Report of the King Institute of Preventive Medicine, Guindy
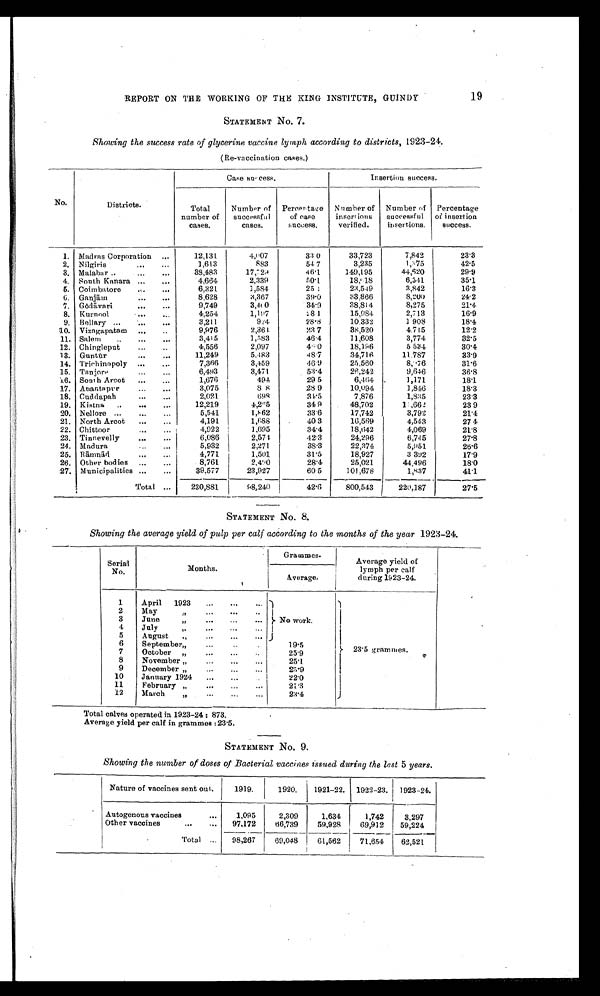
19
REPORT ON THE WORKING OF THE KING INSTITUTE, GUINDY
STATEMENT No. 7.
Showing the success rate of glycerine vaccine lymph according to districts, 1923-24.
(Re-vaccination cases.)
No.
Districts.
Case success.
Insertion success.
Total
number of
cases.
Number of
successful
cases.
Percentage
of case
success.
Nu mber of
insertions
verified.
Number of
successful
insertions.
Percentage
of insertion
success.
12,131
4,007
33.0
33,723
7,842
23.3
1. Madras Corporation . . .
42.5
2. Nilgiris . . .
1,613
883
54.7
3,235
1,375
3.
38,483
17,729
46.1
149,195
44,620
29.9
Malabar . . .
35.1
4.
4,664
2,339
50.1
18, <i l l egi bl e>918
6,341
South Kanara . . .
23,549
3,842
16.3
5. Coimbatore . . .
6,321
1,584
25.1
6.
8,628
3,367
39.0
33,866
8,200
24.2
Ganjām . . .
8,275
21.4
7. Gōdāvari . . .
9,749
3,400
34.9
38,814
28.1
16.9
1,197
2,713
8. Kurnool . . .
4,254
15,984
9. Bellary . . .
3,211
924
28.8
10,332
1,908
1 8 . 4
38,520
4.715
12.2
10. Vizagapatam . . .
9,976
2,361.
23.7
3,774
1,583
11,608
32.5
11. Salem . . .
3,415
46.4
2,097
18,196
5,534
30.4
12. Chingleput . . .
4,556
4<i l l e gi bl e >. 0
13. Guntū r . . .
11,249
5,483
48.7
34,716
11,787
33.9
3,459
25,560
31.6
14. Trichinopoly . . .
7,366
46.9
8<illegible>76
26,242
36.8
15. Tanjore . . .
6,493
3,471
53.4
9,646
18.1
16. South Arcot . . .
1,676
494
29.5
6,464
1,171
10,094
3,075
17. Anantapur . . .
8.8
28.9
1,846
18.3
7,876
18. Cuddapah . . .
2,021
698
34.5
1,835
23.3
12,219
19. Kistna . . .
4,265
34.9
48,702
1<illegible>, 662
23.9
20. Nellore . . .
5,541
1,862
33.6
17,742
3,792
21.4
21. North Arcot . . .
4,191
1,688
40.3
16,569
4,543
27.4
22. Chittoor . . .
4,922
1,695
34.4
18,642
4,069
21.8
23. Tinnevelly . . .
6,086
2,574
42.3
24,296
6,745
27.8
24.
5,932
2,271
38.3
22,374
5,951
26.6
Madura . . .
25.
4,771
1,501
31.5
18,927
3.392
17.9
Rāmnād . . .
8,761
2,490
25,021
44,496
18.0
26. Other bodies . . .
28.4
39,577
23,927
101,678
1,837
41.1
27. Municipalities . . .
60.5
Total . . .
230,881
98,240
42.6
800,543
220,187
27.5
STATEMENT No. 8.
Showing the average yield of pulp per calf according to the months of the year 1923-24.
Serial
No.
Months.
Grammes.
Average yield of
lymph per calf
during 1923-24.
Average.
1
April
1923 . . .
No work.
23.5 grammes.
2
May " . . .
3
June " . . .
4
July " . . .
5
August " . . .
6
September " . . .
19.5
7
25.9
October " . . .
8
25.1
November " . . .
9
23.9
December " . . .
10
January 1924 . . .
22.0
11
21.3
February " . . .
12
March " . . .
23.4
Total calves operated in 1923-24 : 873.
Average yield per calf in grammes :23.5.
STATEMENT No. 9.
Showing the number of doses of Bacterial vaccines issued during the last 5 years.
Nature of vaccines sent out.
1919.
1920.
1921-22.
1922-23.
1923-24.
Autogenous vaccines . . .
1,095
2,309
1,634
1,742
3,297
Other vaccines . . .
97,172
66,739
59,928
69,912
59,224
Total . . .
98,267
69,048
61,562
7 1 , 6 5 4
62,521